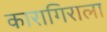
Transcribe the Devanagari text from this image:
कारागिराला